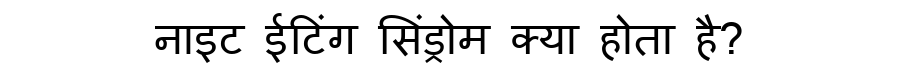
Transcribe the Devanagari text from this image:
नाइट ईटिंग सिंड्रोम क्या होता है?